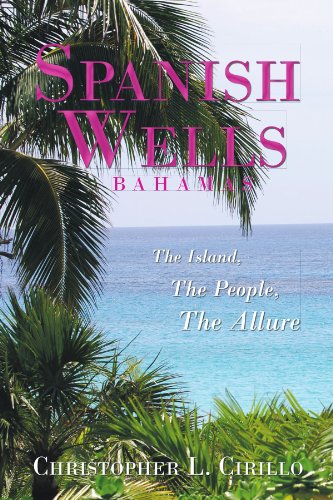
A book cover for Spanish Wells Bahamas: The Island, The People, The Allure; Christopher L Cirillo; Travel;